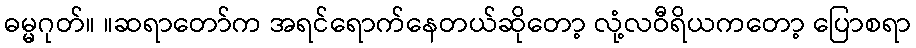
ဓမ္မဂုတ်။ ။ဆရာတော်က အရင်ရောက်နေတယ်ဆိုတော့ လုံ့လဝီရိယကတော့ ပြောစရာ